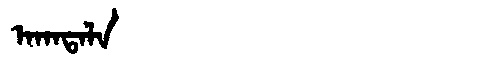
Manchu: ᠠᡴᠠᡨᠠᠯᠠ
Romanization: AKATALA